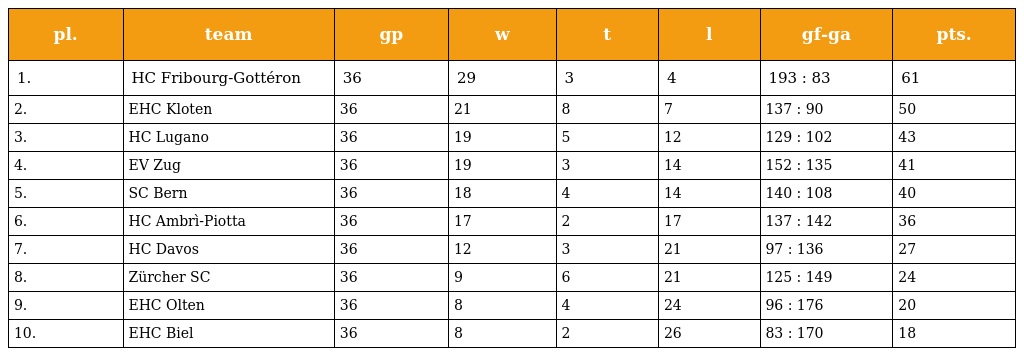
| pl. | team | gp | w | t | l | gf-ga | pts. |
 | --- | --- | --- | --- | --- | --- | --- | --- |
 | 1. | HC Fribourg-Gottéron | 36 | 29 | 3 | 4 | 193 : 83 | 61 |
 | 2. | EHC Kloten | 36 | 21 | 8 | 7 | 137 : 90 | 50 |
 | 3. | HC Lugano | 36 | 19 | 5 | 12 | 129 : 102 | 43 |
 | 4. | EV Zug | 36 | 19 | 3 | 14 | 152 : 135 | 41 |
 | 5. | SC Bern | 36 | 18 | 4 | 14 | 140 : 108 | 40 |
 | 6. | HC Ambrì-Piotta | 36 | 17 | 2 | 17 | 137 : 142 | 36 |
 | 7. | HC Davos | 36 | 12 | 3 | 21 | 97 : 136 | 27 |
 | 8. | Zürcher SC | 36 | 9 | 6 | 21 | 125 : 149 | 24 |
 | 9. | EHC Olten | 36 | 8 | 4 | 24 | 96 : 176 | 20 |
 | 10. | EHC Biel | 36 | 8 | 2 | 26 | 83 : 170 | 18 |